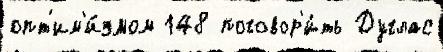
опт'им'и́змом 148 поговор'и́ть Дуглас